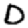
Digit: 0